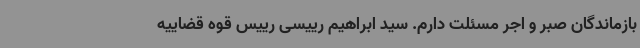
بازماندگان صبر و اجر مسئلت دارم. سید ابراهیم رییسی رییس قوه قضاییه